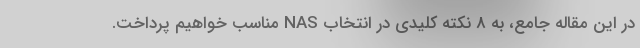
در این مقاله جامع، به 8 نکته کلیدی در انتخاب NAS مناسب خواهیم پرداخت.